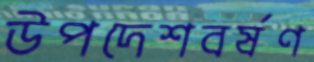
উপদেশবর্ষণ